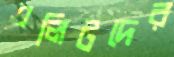
এলিটদের